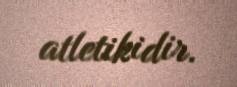
atletikidir.